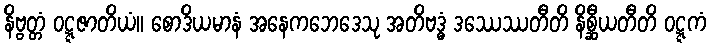
နိဗ္ဗတ္တံ ဝဋ္ဋဇာတိယံ။ စောဒိယမာနံ အနေကဘေဒေသု အတိဗဒ္ဓံ ဒဿေဿတီတိ နိစ္ဆီယတီတိ ဝဋ္ဋကံ